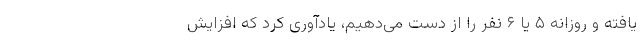
یافته و روزانه ۵ یا ۶ نفر را از دست می‌دهیم، یادآوری کرد که افزایش